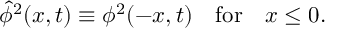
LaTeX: { \hat { \phi } } ^ { 2 } ( x , t ) \equiv \phi ^ { 2 } ( - x , t ) \ \ \ \mathrm { f o r } \ \ \ x \le 0 .